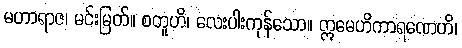
မဟာရာဇ၊ မင်းမြတ်။ စတူဟိ၊ လေးပါးကုန်သော။ ဣမေဟိကာရဏေဟိ၊